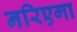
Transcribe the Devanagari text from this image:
नरिएगा